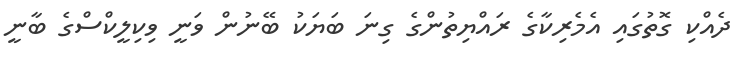
ދެއްކި ގޮތުގައި އެމެރިކާގެ ރައްޔިތުންގެ ގިނަ ބަޔަކު ބޭނުން ވަނީ ވިކިލީކްސްގެ ބާނީ